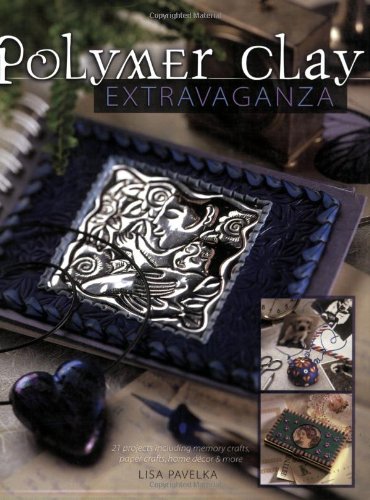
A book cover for Polymer Clay Extravaganza; Lisa Pavelka; Crafts, Hobbies & Home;